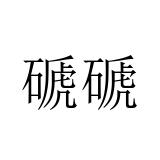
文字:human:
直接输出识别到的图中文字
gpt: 磃磃